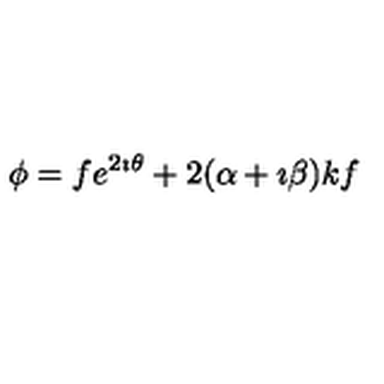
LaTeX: \phi = f e ^ { 2 \imath \theta } + 2 ( \alpha + \imath \beta ) k f